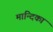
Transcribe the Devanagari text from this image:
मान्दिका